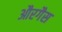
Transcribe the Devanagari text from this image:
औरगैस